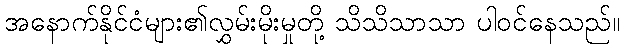
အနောက်နိုင်ငံများ၏လွှမ်းမိုးမှုတို့ သိသိသာသာ ပါဝင်နေသည်။